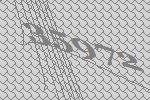
35972